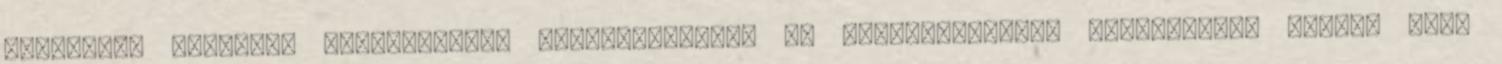
megfelelő pénzügyi forrásokkal, szakértelemmel és jogképességgel rendelkezik ahhoz, hogy